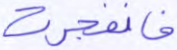
فانفجرت